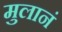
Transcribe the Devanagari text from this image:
मुलानं